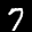
Label: 7